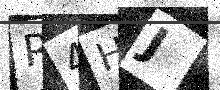
Text: R4HJ